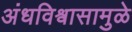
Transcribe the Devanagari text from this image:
अंधविश्वासामुळे